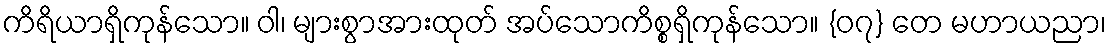
ကိရိယာရှိကုန်သော။ ဝါ၊ များစွာအားထုတ် အပ်သောကိစ္စရှိကုန်သော။ {၀၇} တေ မဟာယညာ၊